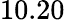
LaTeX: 10.20